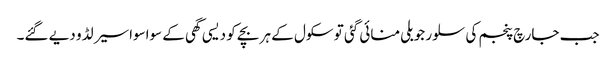
جب جارچ پنجم کی سلور جوبلی منائی گئی تو سکول کے ہر بچے کو دیسی گھی کے سواسواسیر لڈو دیے گئے۔